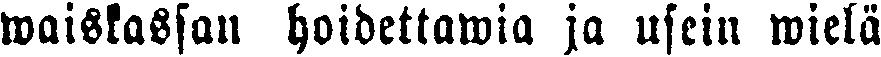
waiskassan hoidettawia ja usein wielä